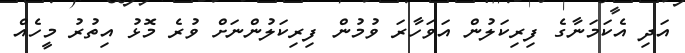
އަދި އެކަމަނާގެ ފިރިކަލުން އަވަހާރަ ވުމުން ފިރިކަލުންނަށް ވުރެ މޮޅު އިތުރު މީހެއް